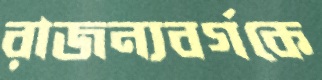
রাজন্যবর্গকে